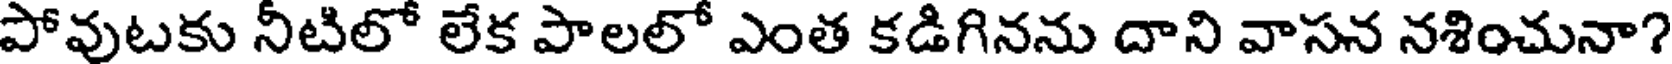
పోవుటకు నీటిలో లేక పాలలో ఎంత కడిగినను దాని వాసన నశించునా?